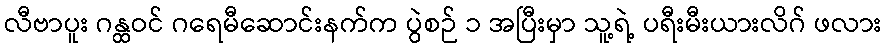
လီဗာပူး ဂန္ထဝင် ဂရေမီဆောင်းနက်က ပွဲစဉ် ၁ အပြီးမှာ သူ့ရဲ့ ပရီးမီးယားလိဂ် ဖလား